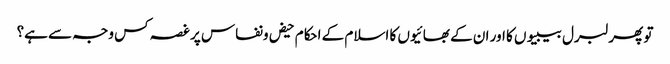
تو پھر لبرل بیبیوں کا اور ان کے بھائیوں کا اسلام کے احکام حیض ونفاس پر غصہ کس وجہ سے ہے؟